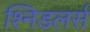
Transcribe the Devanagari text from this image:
श्निडलर्स